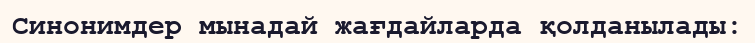
Синонимдер мынадай жағдайларда қолданылады: